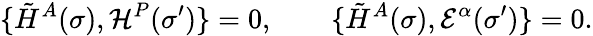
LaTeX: \{ \tilde{H}^{A}(\sigma),{\cal H}^{P}(\sigma^{\prime})\} =0,\qquad\{ \tilde{H}^{A}(\sigma),{\cal E}^{\alpha}(\sigma^{\prime})\} =0.